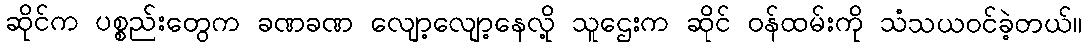
ဆိုင်က ပစ္စည်းတွေက ခဏခဏ လျော့လျော့နေလို့ သူဌေးက ဆိုင် ဝန်ထမ်းကို သံသယဝင်ခဲ့တယ်။